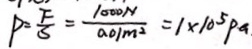
P = \frac { F } { S } = \frac { 1 0 0 0 N } { 0 . 0 1 m ^ { 2 } } = 1 \times 1 0 ^ { 5 } p a